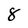
Character: 8